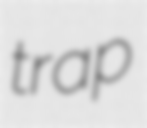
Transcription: trap